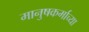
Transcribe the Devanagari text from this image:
मानुषकर्माच्या